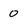
Character: 0